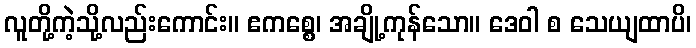
လူတို့ကဲ့သို့လည်းကောင်း။ ဧကစ္စေ၊ အချို့ကုန်သော။ ဒေဝါ စ သေယျထာပိ၊